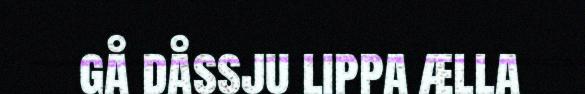
gå dåssju lippa ælla